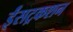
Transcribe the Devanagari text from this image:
ईंसट्रकशन